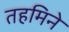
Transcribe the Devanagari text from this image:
तहमिने